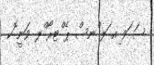
ސަ ަވ ިއ ަލ ްނސް ޕެ ްޓރޯ ްލ ވަނީ ޮކ